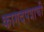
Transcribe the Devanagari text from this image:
कागदपत्राची